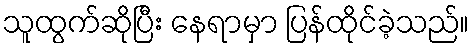
သူထွက်ဆိုပြီး နေရာမှာ ပြန်ထိုင်ခဲ့သည်။